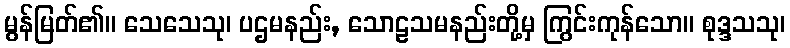
မွန်မြတ်၏။ သေသေသု၊ ပဌမနည်း, သောဠသမနည်းတို့မှ ကြွင်းကုန်သော။ စုဒ္ဒသသု၊